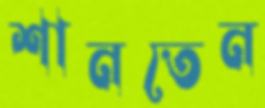
শানতেন